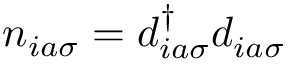
n _ { i a \sigma } = d _ { i a \sigma } ^ { \dagger } d _ { i a \sigma } ^ { }